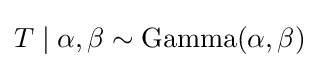
T\mid \alpha ,\beta \sim \operatorname {Gamma} (\alpha ,\beta )